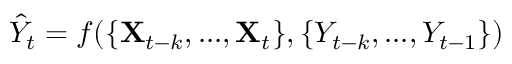
\hat { Y } _ { t } = f ( \{ \mathbf { X } _ { t - k } , . . . , \mathbf { X } _ { t } \} , \{ Y _ { t - k } , . . . , Y _ { t - 1 } \} )